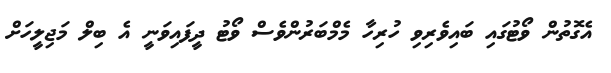
އެގޮތުން ވޯޓުގައި ބައިވެރިވި ހުރިހާ މެމްބަރުންވެސް ވޯޓު ދީފައިވަނީ އެ ބިލް މަޖިލީހަށް